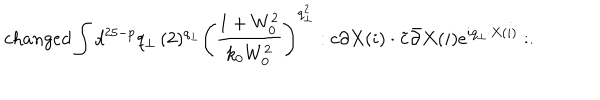
c h a n g e d \int d ^ { 2 5 - p } q _ { \bot } \, ( 2 ) ^ { q _ { \bot } } \left( \frac { 1 + W _ { 0 } ^ { 2 } } { k _ { 0 } W _ { 0 } ^ { 2 } } \right) ^ { q _ { \bot } ^ { 2 } } : c \partial X ( i ) \cdot \tilde { c } \bar { \partial } X ( i ) e ^ { i q _ { \bot } \cdot X ( i ) } : .